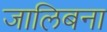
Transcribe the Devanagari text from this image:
जालिबना